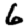
Digit: 6